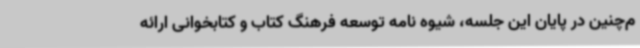
م‌چنین در پایان این جلسه، شیوه نامه توسعه فرهنگ کتاب و کتابخوانی ارائه